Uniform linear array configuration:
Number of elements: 48
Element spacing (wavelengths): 0.25
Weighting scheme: hamming
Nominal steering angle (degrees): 0
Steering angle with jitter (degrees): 0.1088
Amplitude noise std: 0.05
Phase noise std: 0.05

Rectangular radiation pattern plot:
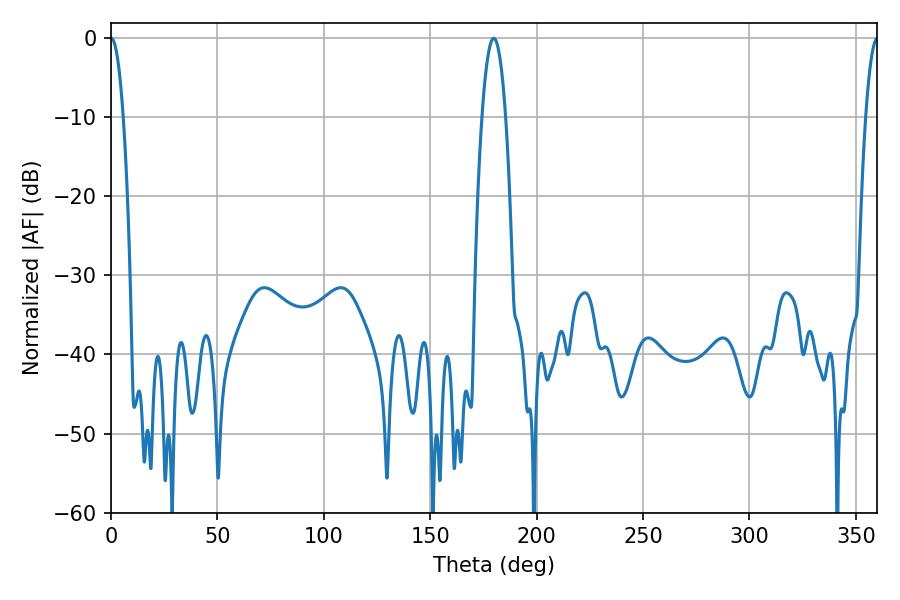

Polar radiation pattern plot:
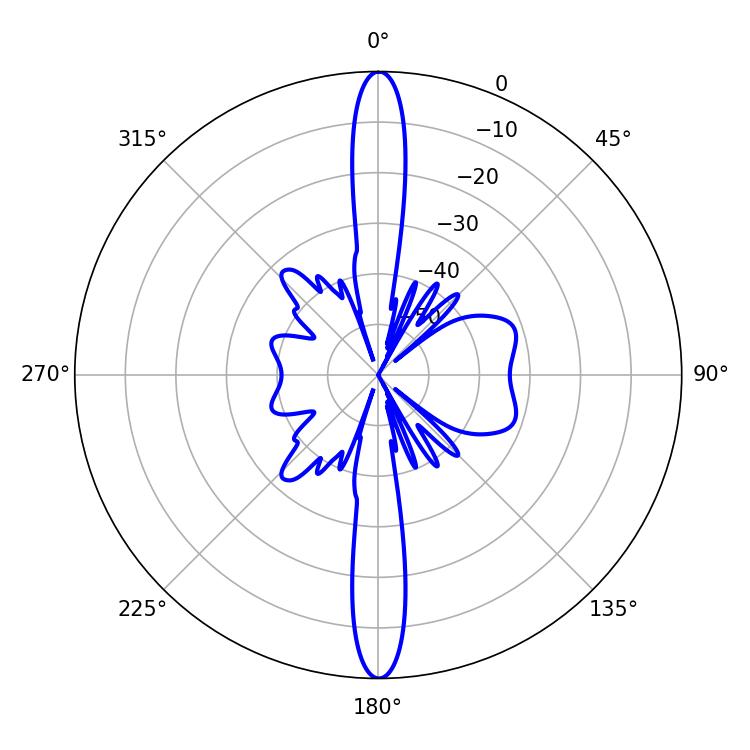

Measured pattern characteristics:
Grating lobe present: FALSE
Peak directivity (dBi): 33.397
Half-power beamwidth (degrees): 6.12
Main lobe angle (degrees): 179.82